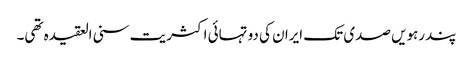
پندرہویں صدی تک ایران کی دو تہائی اکثریت سنی العقیدہ تھی۔